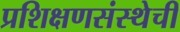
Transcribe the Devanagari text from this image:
प्रशिक्षणसंस्थेची